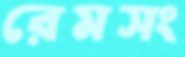
রেমসং